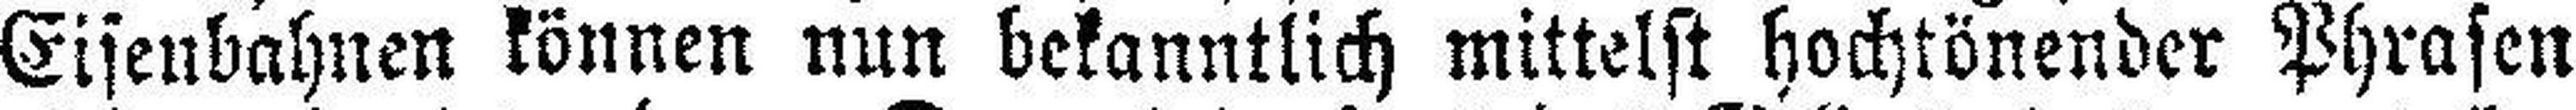
Eisenbahnen können nun bekanntlich mittelst hochtönender Phrasen